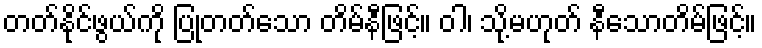
တတ်နိုင်ဖွယ်ကို ပြုတတ်သော တိမ်နီဖြင့်။ ဝါ၊ သို့မဟုတ် နီသောတိမ်ဖြင့်။